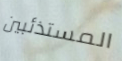
المستذئبين